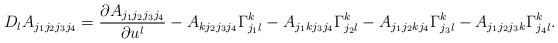
LaTeX: \begin{align*}D_l A_{j_1 j_2 j_3 j_4}=\frac{\partial A_{j_1 j_2 j_3 j_4}}{\partial u^l} - A_{k j_2 j_3 j_4} \Gamma _{j_1 l}^k - A_{j_1 k j_3 j_4} \Gamma _{j_2 l}^k - A_{j_1 j_2 k j_4} \Gamma _{j_3 l}^k - A_{j_1 j_2 j_3 k} \Gamma _{j_4 l}^k .\end{align*}